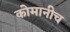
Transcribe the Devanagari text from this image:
कोमानीच